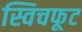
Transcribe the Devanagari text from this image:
स्विचफूट